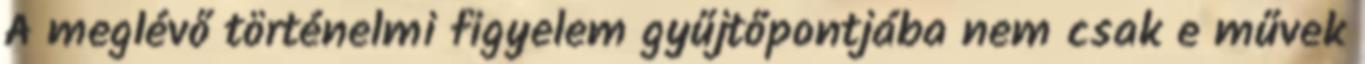
A meglévő történelmi figyelem gyűjtőpontjába nem csak e művek